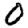
Digit: 0